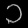
Digit: ၁